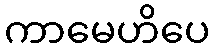
ကာမေဟိပေ